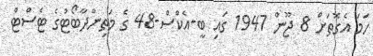
ހަމަ އެގޮތަށް 8 ޖޫން 1947 ގައި ބީ-އެކްސް-48 ގެ މަތިންދާބޯޓުގެ ޓެސްޓް